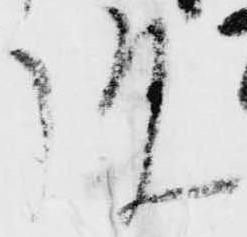
様